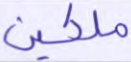
ملكين